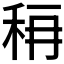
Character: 𰨟